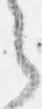
之